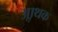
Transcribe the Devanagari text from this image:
आॢथक